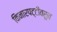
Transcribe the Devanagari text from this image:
किनारपट्टीवरून